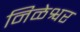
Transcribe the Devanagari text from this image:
निळेश्वर